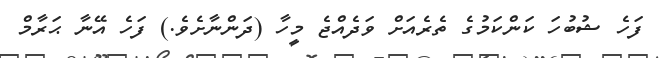
ފަހެ ޝުބުހަ ކަންކަމުގެ ތެރެއަށް ވަދެއްޖެ މީހާ (ދަންނާށެވެ.) ފަހެ އޭނާ ޙަރާމް